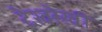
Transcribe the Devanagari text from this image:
देखरेखी